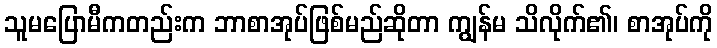
သူမပြောမီကတည်းက ဘာစာအုပ်ဖြစ်မည်ဆိုတာ ကျွန်မ သိလိုက်၏၊ စာအုပ်ကို